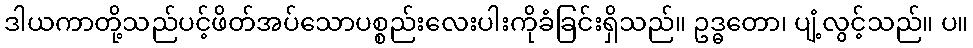
ဒါယကာတို့သည်ပင့်ဖိတ်အပ်သောပစ္စည်းလေးပါးကိုခံခြင်းရှိသည်။ ဥဒ္ဓတော၊ ပျံ့လွင့်သည်။ ပ။